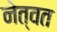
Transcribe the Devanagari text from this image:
नेत्वत